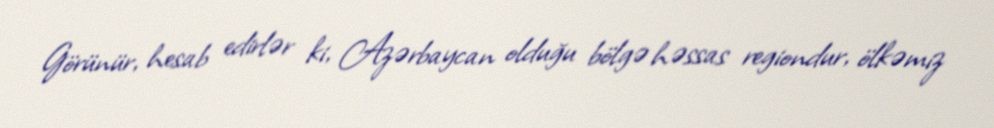
Görünür, hesab edirlər ki, Azərbaycan olduğu bölgə həssas regiondur, ölkəmiz